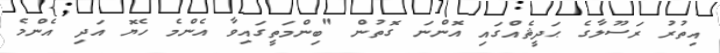
އިތުރު ރަސޫލާގެ ޙަދީޘެއްގައި އޮންނަ ގޮތުން "ބިންމަތީގައިވާ އެންމެ ހެޔޮ އަދި އެންމެ